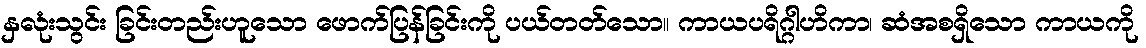
နှလုံးသွင်း ခြင်းတည်းဟူသော ဖောက်ပြန်ခြင်းကို ပယ်တတ်သော။ ကာယပရိဂ္ဂါဟိကာ၊ ဆံအစရှိသော ကာယကို